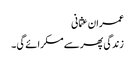
عمران عثمانی
زندگی پھر سے مسکرائے گی ۔